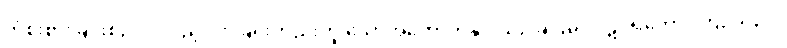
တံစိုးစားခြင်းစဉ်းလဲလှည့်ပတ်ခြင်းတည်းဟူ သောအကောက်နှင့် ယှဉ်ခြင်းမှ။ ပဋိဝိရတော၊ ကြဉ်သည်။